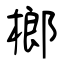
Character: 榔